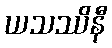
ယသဿိနီ